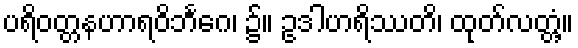
ပရိဝတ္တနဟာရဝိဘင်္ဂေ၊ ၌။ ဥဒါဟရိဿတိ၊ ထုတ်လတ္တံ့။